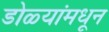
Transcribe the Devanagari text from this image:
डोळ्यांमधून